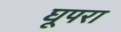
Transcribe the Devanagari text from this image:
घूपरा